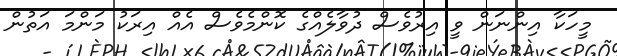
މީހަކާ އިންނަން ވީ އިރުވެސް ދުވާލެއްގެ ކޮންމެވެސް އެއް އިރަކު މަންމަ އަތުން